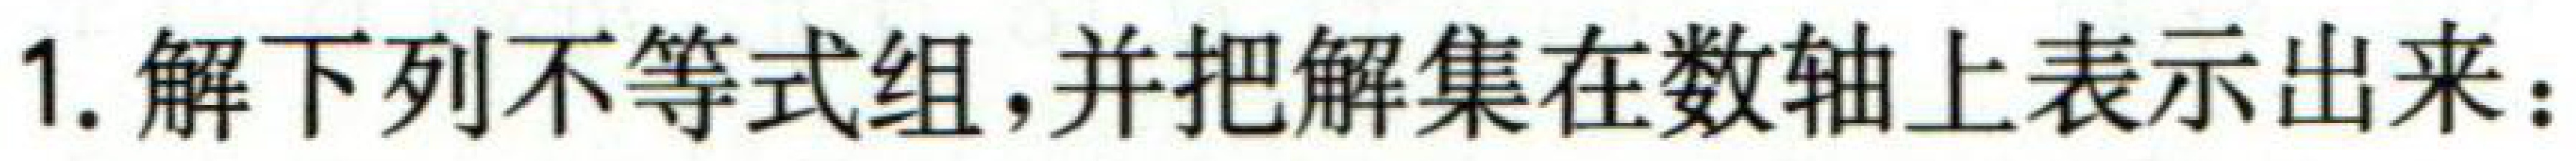
1. 解下列不等式组，并把解集在数轴上表示出来：